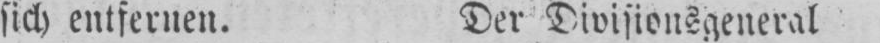
sich entfernen. Der Divisionsgeneral